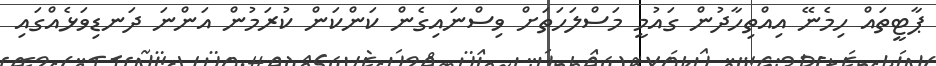
ޕާޓީތައް ހިމެނޭ އިއްތިހާދުން ގައުމީ މަސްލަހަތަށް ވިސްނައިގެން ކަންކަން ކުރަމުން އަންނަ ދަނޑިވަޅެއްގައި